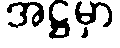
အဋ္ဌမှာ